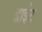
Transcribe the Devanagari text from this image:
द्वाईट